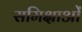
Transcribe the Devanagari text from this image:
समिक्षाओं